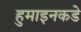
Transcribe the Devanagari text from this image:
हुमाइनकडे